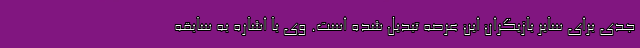
جدی برای سایر بازیگرانِ این عرصه تبدیل شده است. وی با اشاره به سابقه